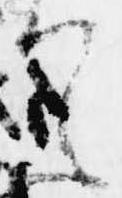
て